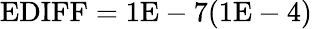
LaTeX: \mathrm{EDIFF}=\mathrm{1E-7}(\mathrm{1E-4})